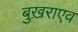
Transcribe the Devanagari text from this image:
बुख़राएव